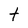
Character: t